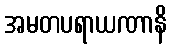
အမတပရာယဏာနိ